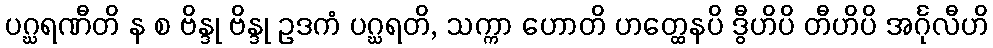
ပဂ္ဃရဏီတိ န စ ဗိန္ဒု ဗိန္ဒု ဥဒကံ ပဂ္ဃရတိ, သက္ကာ ဟောတိ ဟတ္ထေနပိ ဒွီဟိပိ တီဟိပိ အင်္ဂုလီဟိ